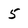
Character: 5